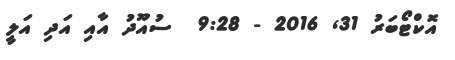
އޮކްޓޯބަރު 31